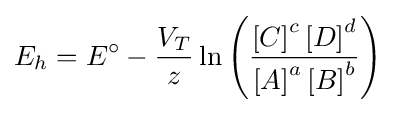
E_{h}={E^{\circ }}-{\frac {V_{T}}{z}}\ln \left({\frac {\left[C\right]^{c}\left[D\right]^{d}}{\left[A\right]^{a}\left[B\right]^{b}}}\right)